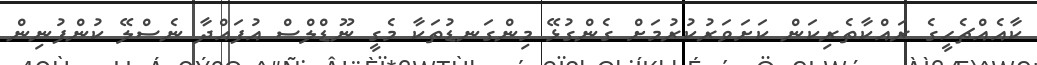
ކާއެއްޗެހީގެ ރައްކާތެރިކަން ކަށަވަރުކުރުމަށް ގެންގުޅޭ މިންގަނޑުތަކާ މެގީ ނޫޑްލްސް އުފައްދާ ނެސްލޭ ކުންފުނިން